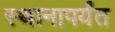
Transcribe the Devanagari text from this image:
स्थानापर्यंत